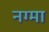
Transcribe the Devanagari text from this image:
नग्मा